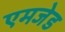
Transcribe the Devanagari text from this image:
एमजेड